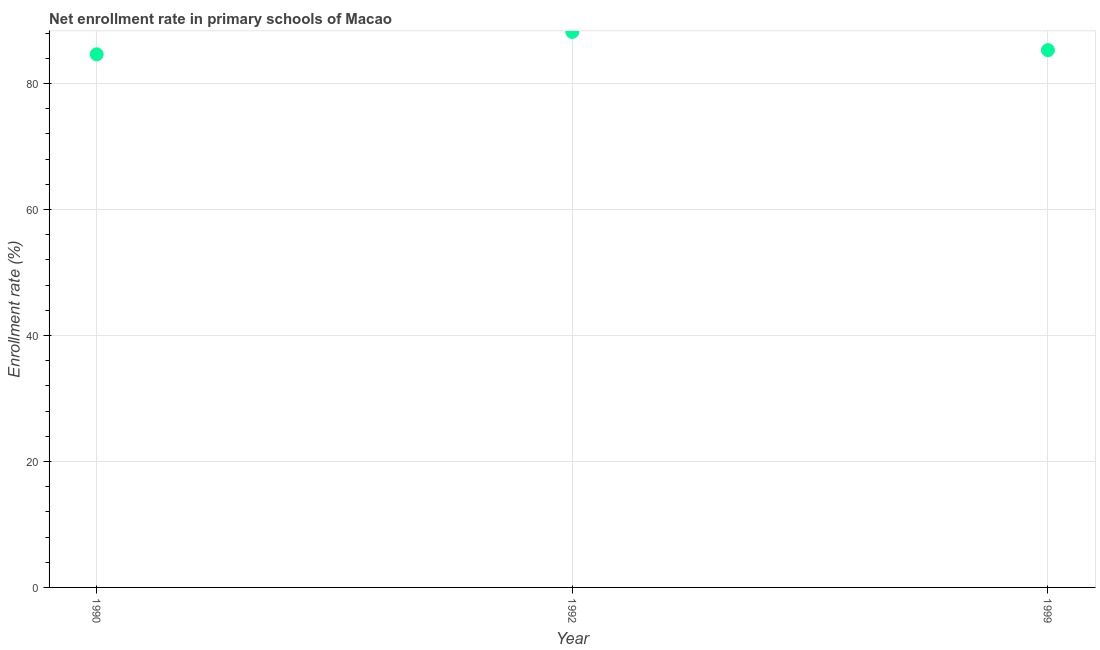
| Year | Adjusted net enrolment rate |
 | --- | --- |
 | 1990 | 84.6 |
 | 1992 | 88.2 |
 | 1999 | 85.3 |